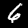
Label: 6